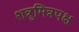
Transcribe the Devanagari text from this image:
शत्रुमित्रपक्ष